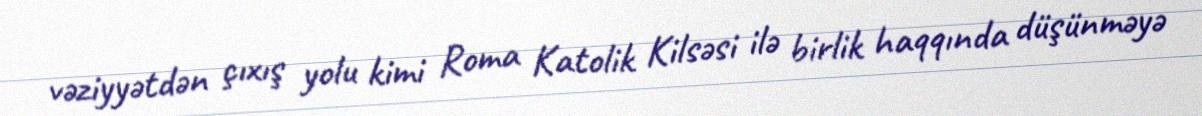
vəziyyətdən çıxış yolu kimi Roma Katolik Kilsəsi ilə birlik haqqında düşünməyə